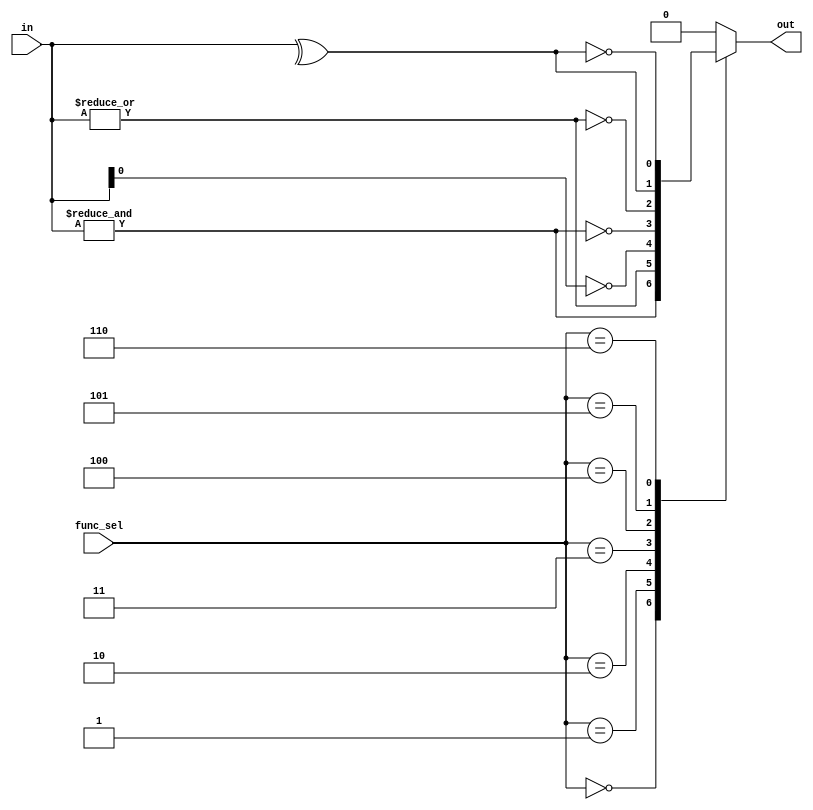
module combinational_logic_block #(
    parameter N = 4, // Number of inputs
    parameter M = 1   // Number of outputs
)(
    input  wire [N-1:0] in,        // Input vector
    input  wire [2:0]  func_sel,   // Function selector
    output reg  [M-1:0] out        // Output vector
);

// Function selection encoding
localparam AND_FUNC   = 3'b000;
localparam OR_FUNC    = 3'b001;
localparam NOT_FUNC   = 3'b010;
localparam NAND_FUNC  = 3'b011;
localparam NOR_FUNC   = 3'b100;
localparam XOR_FUNC   = 3'b101;
localparam XNOR_FUNC  = 3'b110;

// Combinational logic implementation
always @(*) begin
    case (func_sel)
        AND_FUNC:   out = &in;                      // AND
        OR_FUNC:    out = |in;                      // OR
        NOT_FUNC:   out = ~in[0];                   // NOT on the first input
        NAND_FUNC:  out = ~( &in );                  // NAND
        NOR_FUNC:   out = ~( |in );                  // NOR
        XOR_FUNC:   out = ^in;                      // XOR
        XNOR_FUNC:  out = ~( ^in );                  // XNOR
        default:    out = {M{1'b0}};                // Default to 0
    endcase
end

endmodule